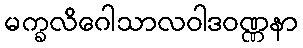
မက္ခလိဂေါသာလဝါဒဝဏ္ဏနာ